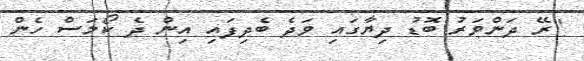
"ރޭ ދަންވަރު ބޮޑު ދިޔާގައި ވަދެ ބެދިފައި އިން ދެ ކޯމަސް ހެން